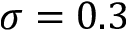
\sigma = 0 . 3